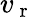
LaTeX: v_{\mathrm{~r~}}